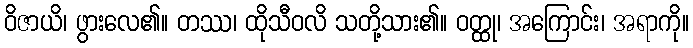
ဝိဇာယိ၊ ဖွားလေ၏။ တဿ၊ ထိုသီဝလိ သတို့သား၏။ ဝတ္ထု၊ အကြောင်း၊ အရာကို။